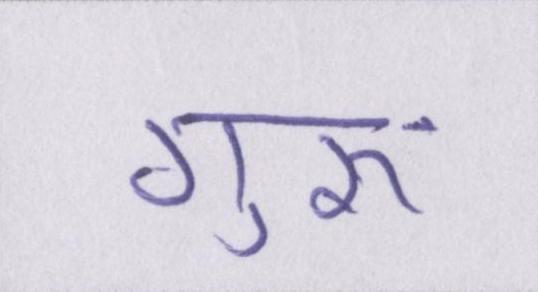
गुरुॱ